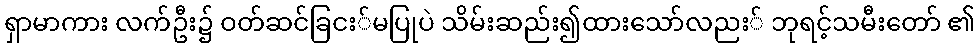
ရှာမာကား လက်ဦး၌ ဝတ်ဆင်ခြငး်မပြုပဲ သိမ်းဆည်း၍ထားသော်လညး် ဘုရင့်သမီးတော် ၏